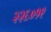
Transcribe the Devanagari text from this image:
२२६०१९